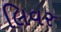
લિવર